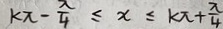
k x - \frac { x } { 4 } \leq x \leq k \pi + \frac { \pi } { 4 }